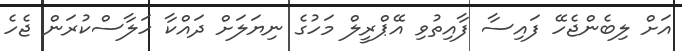
އަށް ލިބެންޖެހޭ ފައިސާ ފާއިތުވި އޭޕްރީލް މަހުގެ ނިޔަލަށް ދައްކާ ހަލާސްކުރަން ޖެހެ